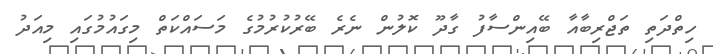
ހިތްދަތި ތަޖްރިބާއާ ބޭއިންސާފު ގާދޫ ކޮލުން ނެރެ ބޭރުކުރުމުގެ މަސައްކަތް މިގައުމުގައި މިއަދު